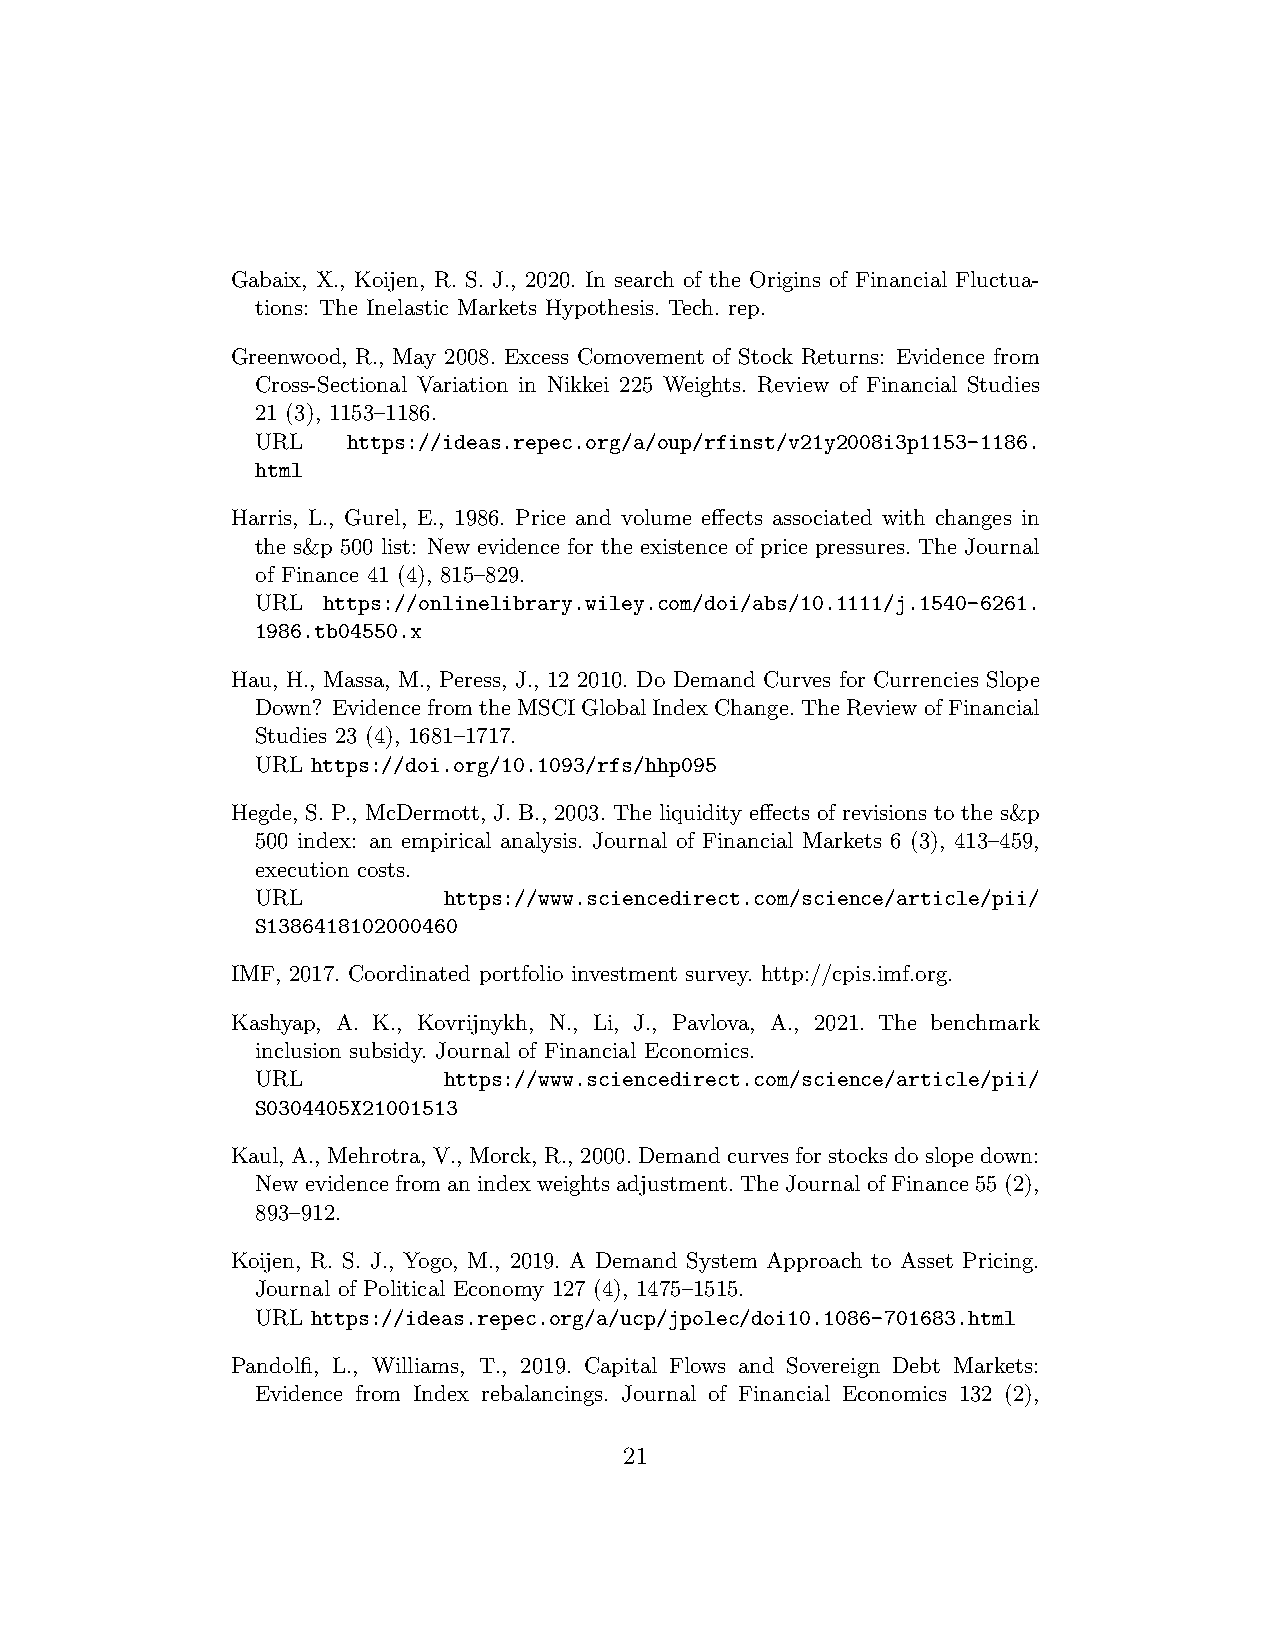
Gabaix, X., Koijen, R. S. J., 2020. In search of the Origins of Financial Fluctua-
 tions: The Inelastic Markets Hypothesis. Tech. rep.
 Greenwood, R., May 2008. Excess Comovement of Stock Returns: Evidence from
 Cross-Sectional Variation in Nikkei 225 Weights. Review of Financial Studies
 21 (3), 1153–1186.
 URL   https://ideas.repec.org/a/oup/rfinst/v21y2008i3p1153-1186.
 html
 Harris, L., Gurel, E., 1986. Price and volume effects associated with changes in
 the s&p 500 list: New evidence for the existence of price pressures. The Journal
 of Finance 41 (4), 815–829.
 URL https://onlinelibrary.wiley.com/doi/abs/10.1111/j.1540-6261.
 1986.tb04550.x
 Hau, H., Massa, M., Peress, J., 12 2010. Do Demand Curves for Currencies Slope
 Down? EvidencefromtheMSCIGlobalIndexChange.TheReviewofFinancial
 Studies 23 (4), 1681–1717.
 URL https://doi.org/10.1093/rfs/hhp095
 Hegde, S. P., McDermott, J. B., 2003. The liquidity effects of revisions to the s&p
 500 index: an empirical analysis. Journal of Financial Markets 6 (3), 413–459,
 execution costs.
 URL         https://www.sciencedirect.com/science/article/pii/
 S1386418102000460
 IMF, 2017. Coordinated portfolio investment survey. http://cpis.imf.org.
 Kashyap, A. K., Kovrijnykh, N., Li, J., Pavlova, A., 2021. The benchmark
 inclusion subsidy. Journal of Financial Economics.
 URL         https://www.sciencedirect.com/science/article/pii/
 S0304405X21001513
 Kaul, A., Mehrotra, V., Morck, R., 2000.Demandcurvesforstocksdoslopedown:
 Newevidencefromanindexweightsadjustment.TheJournalofFinance55(2),
 893–912.
 Koijen, R. S. J., Yogo, M., 2019. A Demand System Approach to Asset Pricing.
 Journal of Political Economy 127 (4), 1475–1515.
 URL https://ideas.repec.org/a/ucp/jpolec/doi10.1086-701683.html
 Pandolfi, L., Williams, T., 2019. Capital Flows and Sovereign Debt Markets:
 Evidence from Index rebalancings. Journal of Financial Economics 132 (2),
 21